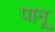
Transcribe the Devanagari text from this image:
पानू